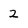
Character: 2